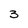
Character: 3